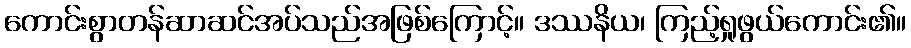
ကောင်းစွာတန်ဆာဆင်အပ်သည်အဖြစ်ကြောင့်။ ဒဿနိယ၊ ကြည့်ရှုဖွယ်ကောင်း၏။